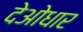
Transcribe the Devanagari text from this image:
देओधार